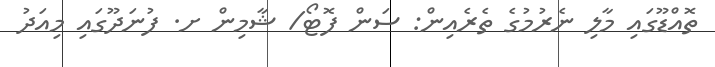
ތޮއްޑޫގައި މާލި ނެރުމުގެ ތެރެއިން: ސަން ފޮޓޯ/ ޝާމިން ށ. ފުނަދޫގައި މިއަދު